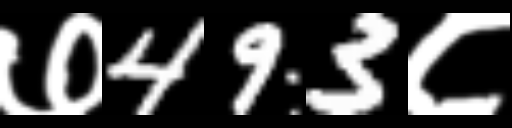
Text: ७493८